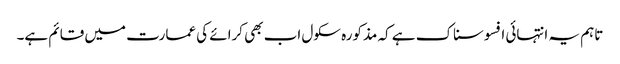
تاہم یہ انتہائی افسوسناک ہے کہ مذکورہ سکول اب بھی کرائے کی عمارت میں قائم ہے۔